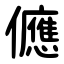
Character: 㒣